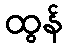
ထွန်